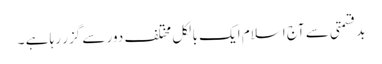
بدقسمتی سے آج اسلام ایک بالکل مختلف دور سے گزر رہا ہے ۔